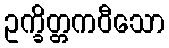
ဥက္ခိတ္တကဝီသော